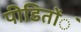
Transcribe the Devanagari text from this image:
पीडिताेंे